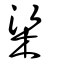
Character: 梁